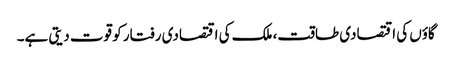
گاؤں کی اقتصادی طاقت، ملک کی اقتصادی رفتار کو قوت دیتی ہے۔